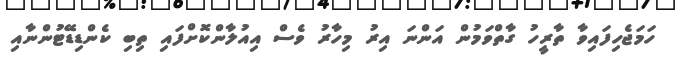
ހަމަޖެހިފައިވާ ތާރީހު ގާތްވަމުން އަންނަ އިރު މިހާރު ވެސް އިއުލާންކޮށްފައި ތިބި ކެންޑިޑޭޓުންނާއި